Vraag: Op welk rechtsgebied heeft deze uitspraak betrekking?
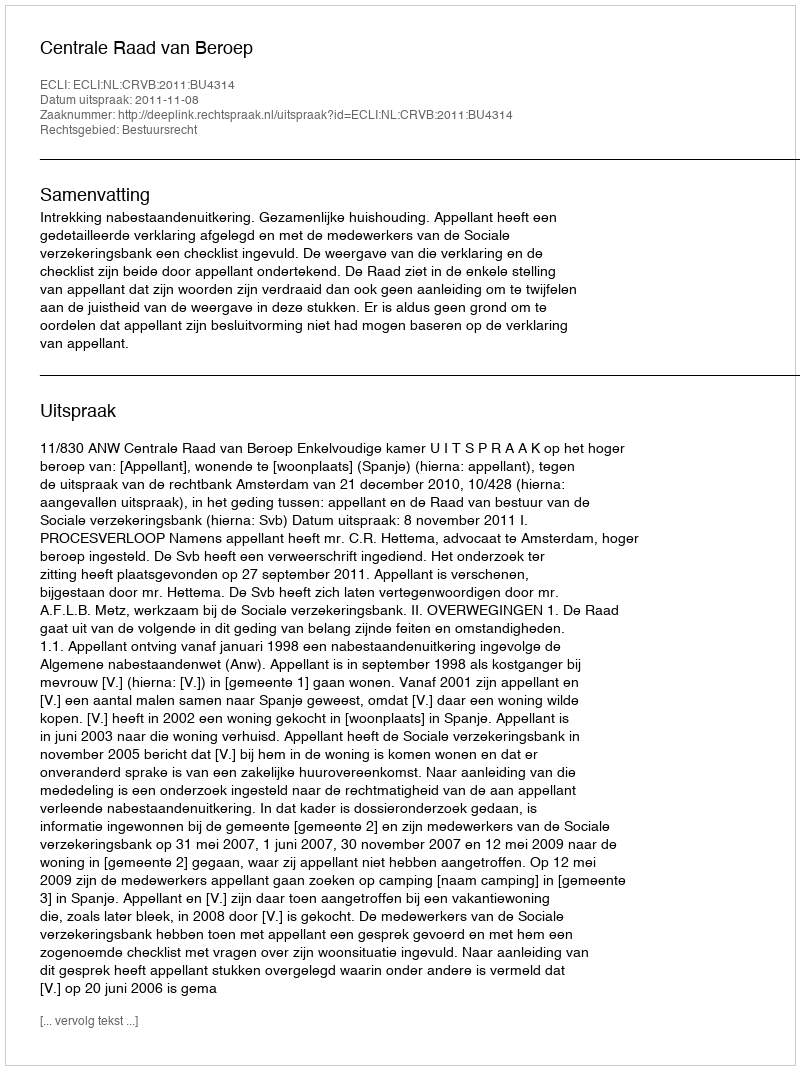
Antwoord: Bestuursrecht